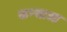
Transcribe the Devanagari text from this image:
कन्याओ